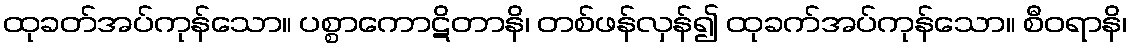
ထုခတ်အပ်ကုန်သော။ ပစ္စာကောဋိတာနိ၊ တစ်ဖန်လှန်၍ ထုခက်အပ်ကုန်သော။ စီဝရာနိ၊